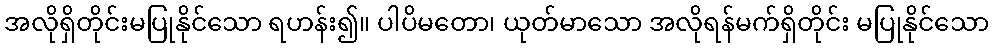
အလိုရှိတိုင်းမပြုနိုင်သော ရဟန်း၍။ ပါပိမတော၊ ယုတ်မာသော အလိုရန်မက်ရှိတိုင်း မပြုနိုင်သော